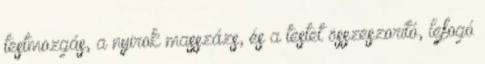
testmozgás, a nyirok masszázs, és a testet összeszorító, lefogó